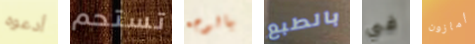
أدعوه تستحم بالوجه بالطبع في أمازون